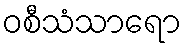
ဝစီသံသာရော